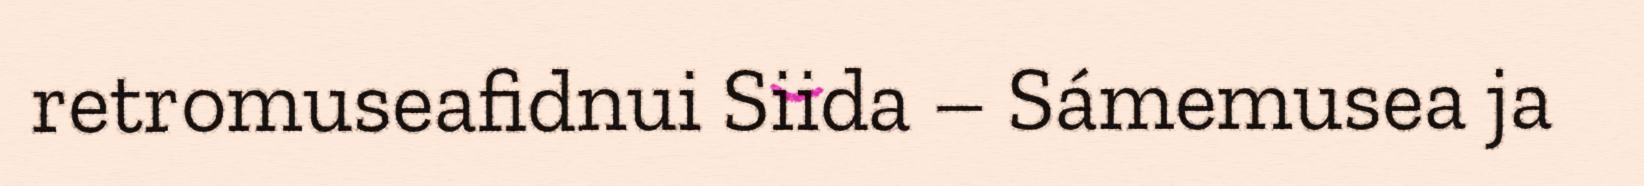
retromuseafidnui Siida – Sámemusea ja